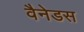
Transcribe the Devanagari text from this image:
वैनेडस